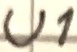
Text: U1